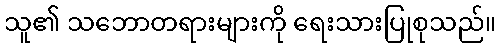
သူ၏ သဘောတရားများကို ရေးသားပြုစုသည်။